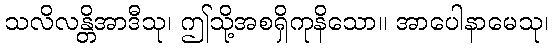
သလိလန္တိအာဒီသု၊ ဤသို့အစရှိကုနိသော။ အာပေါနာမေသု၊